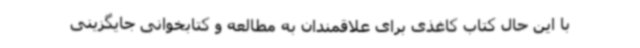
با این حال کتاب کاغذی برای علاقمندان به مطالعه و کتابخوانی جایگزینی